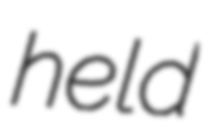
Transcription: held